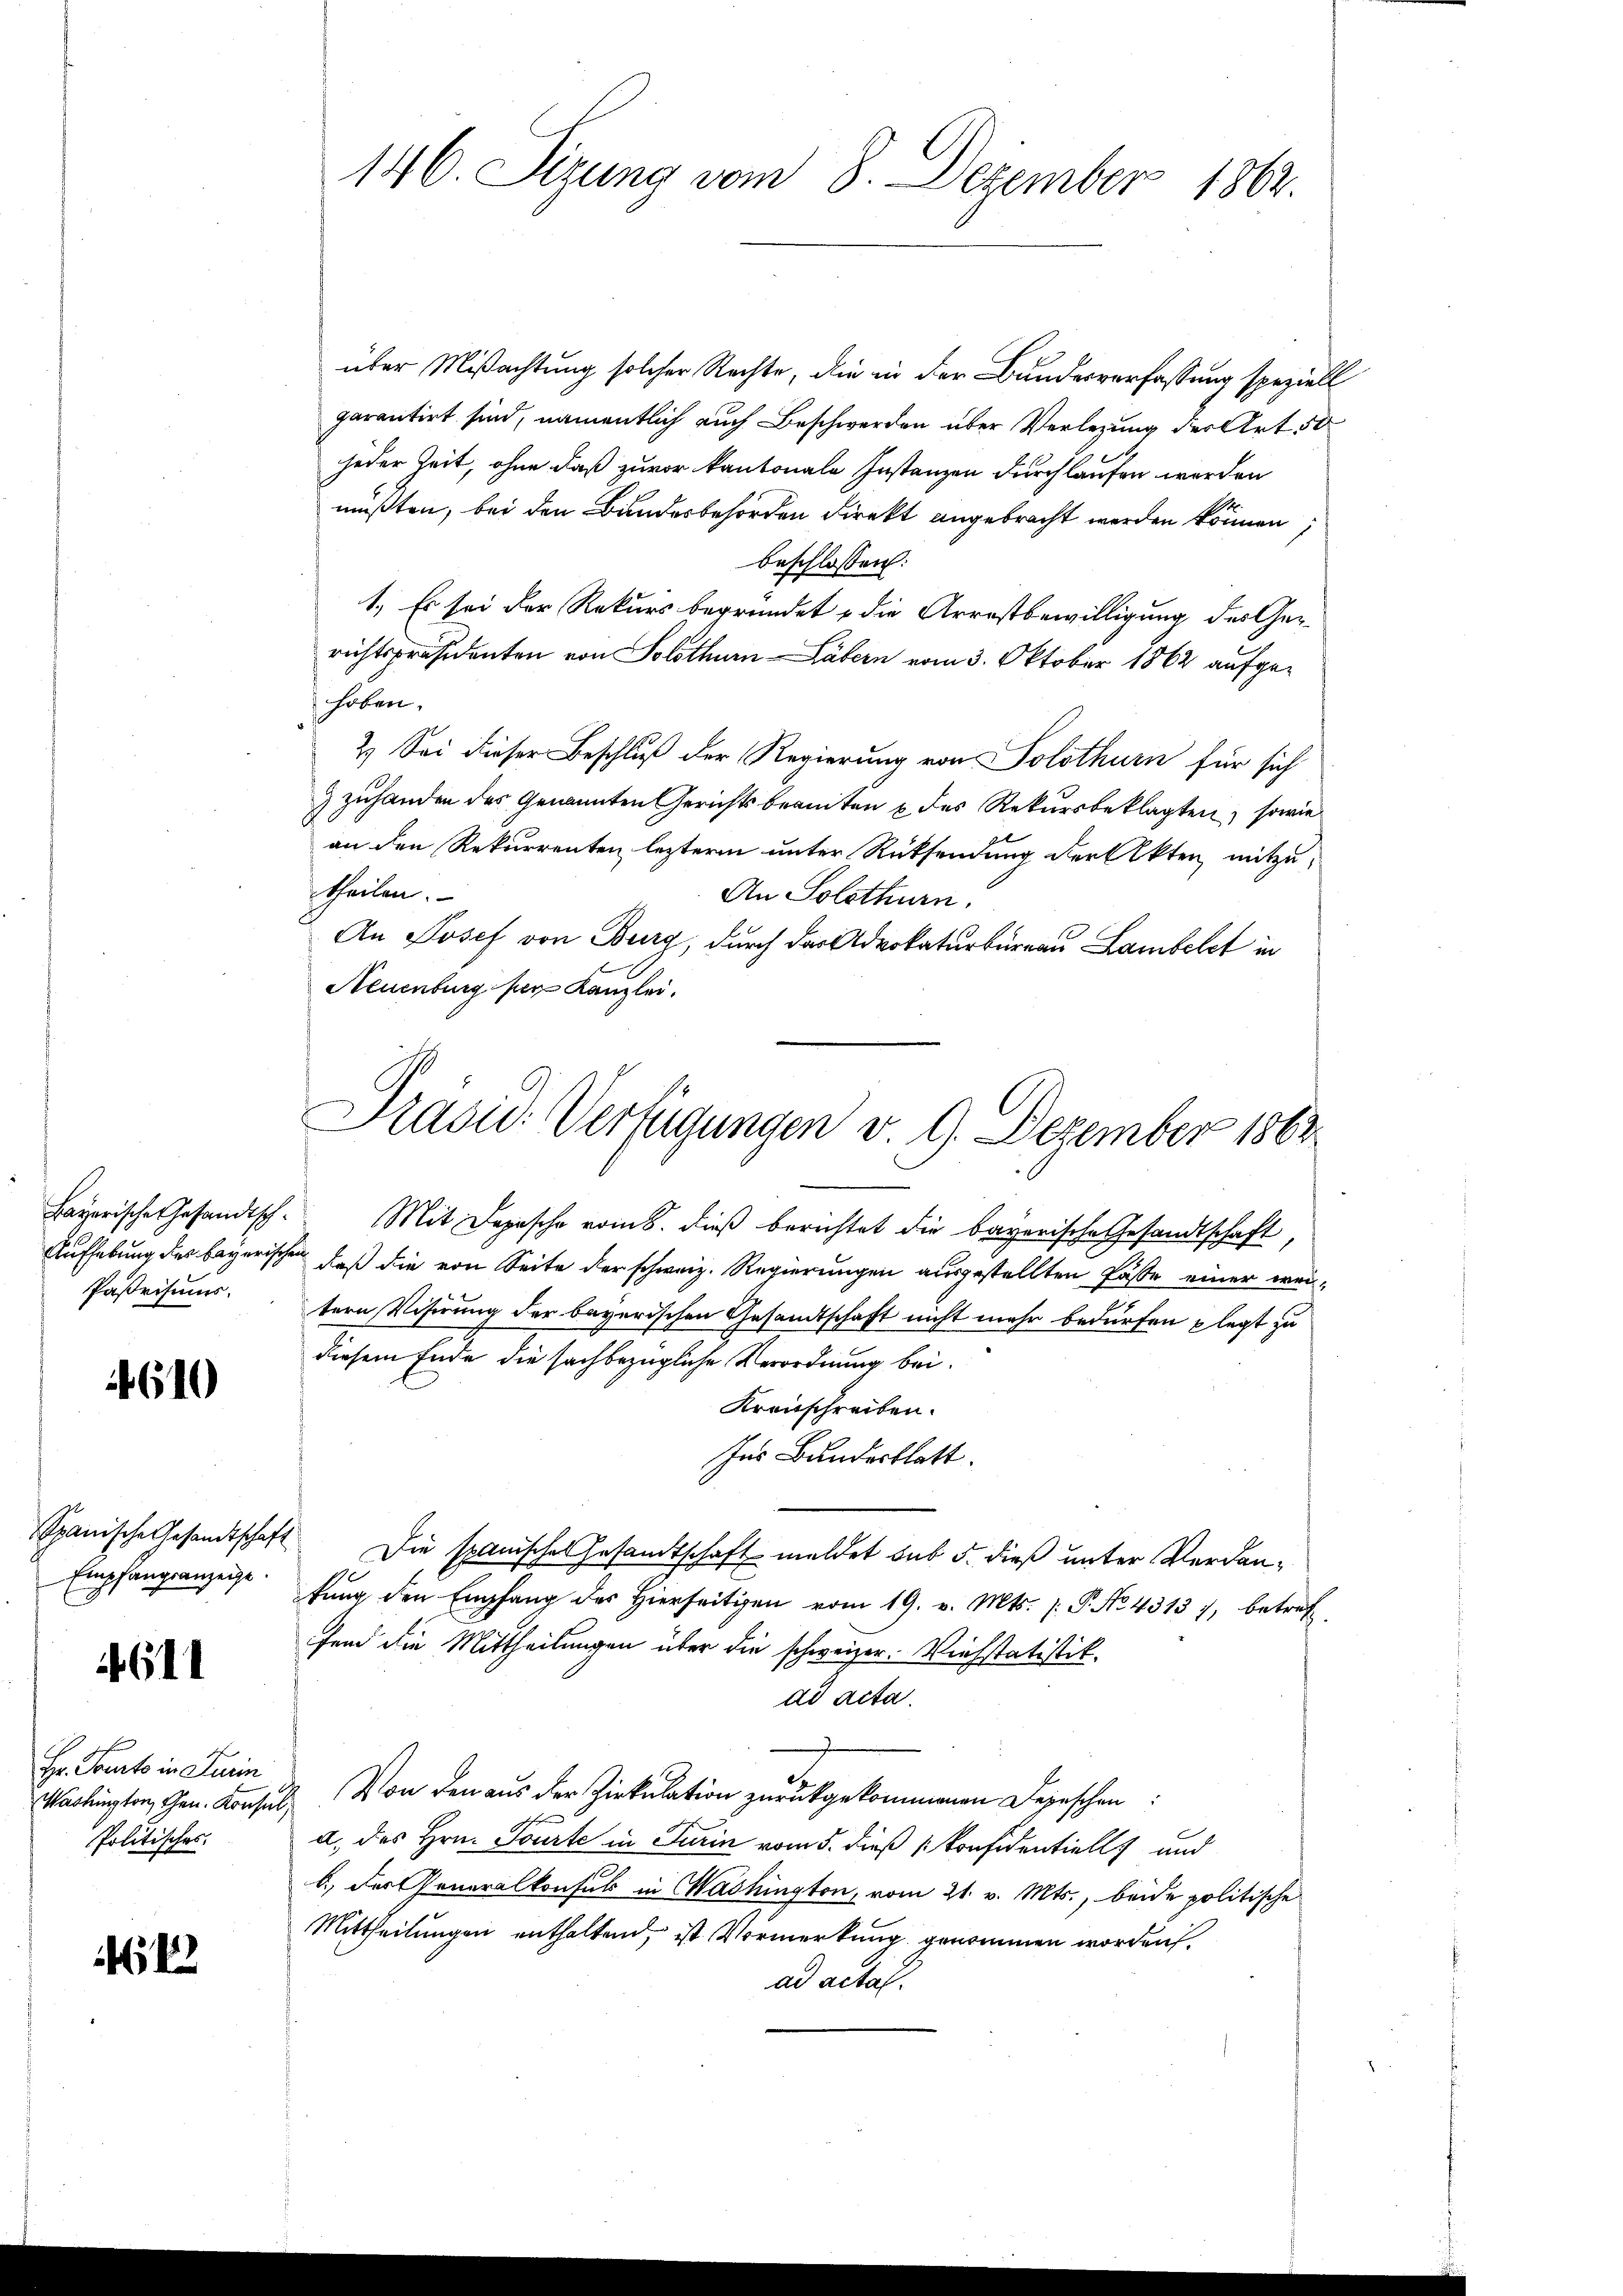
Bayerische Gesandtsch¬
Paßrisums.

610

Empfangsanzeige.

461

Hr. Sonnte in Turin
Washington, Gen. Konsul,
Politisches.

22

146. Sizung vom 8. Dezember 1864.

über Mißachtung solcher Rechte, die in der Bundesverfassung speziell
parentirt sind, namentlich auch Beschwerden über Verlegung der Art. 50
jeder Zeit, ohne daß zuvor kantonale Instanzen durchlaufen werden
müßten, bei den Bundesbehörden direkt angebracht werden können;
beschlossen:
1. Es sei der Rekurs begründet & die Arrestbewilligung des Gerichtspräsidenten von Solothur Häbern vom 3. Oktober 1862 aufgehoben.
2.) Sei dieser Beschluß der Regierung von Solothurn für sich
 zuhanden des Genannten Gerichtsbeamten & des Rekursbeklagten, sowie
an den Rekurrenten leztere unter Rücksendung der Akten, mitzutheilen.
An Solothurn.
An Josef von Burg, durch das Advokaturbureau Lambelct in
Neuenburg her Kanzlei.
Mit Dosische vom 8. dieß berichtet die bayerische Gesandtschaft,
Aufhebung des bayerischen, daß die von Seite der schweiz. Regierungen ausgestellten Fässe einer weitern Visirung der bayerischen Gesandtschaft nicht mehr bedürfen plagt zu
diesem Ende die sachbezügliche Verordnung bei.
Kreisschreiben.
Ins Bundesblatt.
Spanische Gesandtschaft. Die spanisches Gesandtschaft meldet sub 5. dieß unter Verdantung den Empfang des hierseitigen vom 19. v. Mts. (: P. No. 4313 7, betref
fend die Mittheilungen über die schweizer. Viehstatistik.
ad acta.
2. Von den aus der Zirkulation zurückgekommenen Depeschen
a. des Hrn. Tourte in Turin vom 5. dieß [Konfidentiell und
b) der Generalkonsul in Washington, vom 21. v. Mts., beide politische
Mittheilungen enthaltend, ist Vormerkung genommen worden.
ad acta.

Präsid. Verfügungen v. 9. Dezember 1863.